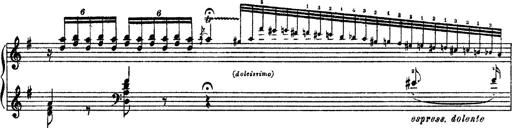
Title: 3 sonetti di Petrarca
Composer: Franz Liszt